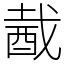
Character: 酨